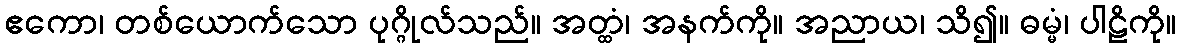
ဧကော၊ တစ်ယောက်သော ပုဂ္ဂိုလ်သည်။ အတ္ထံ၊ အနက်ကို။ အညာယ၊ သိ၍။ ဓမ္မံ၊ ပါဠိကို။